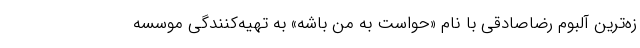
زه‌ترین آلبوم رضاصادقی با نام «حواست به من باشه» به تهیه‌کنندگی موسسه